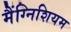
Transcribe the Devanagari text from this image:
मैंग्निशियम